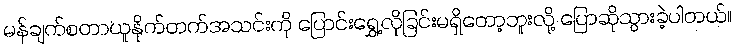
မန်ချက်စတာယူနိုက်တက်အသင်းကို ပြောင်းရွှေ့လိုခြင်းမရှိတော့ဘူးလို့ ပြောဆိုသွားခဲ့ပါတယ်။